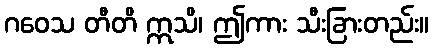
ဂဝေသ တီတိ ဣသိ၊ ဤကား သီးခြားတည်း။